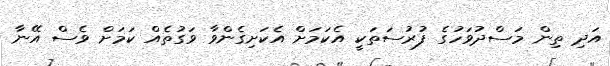
އަދި ތިން މަސްދުވަހުގެ ފުރުސަތަކީ އެކަމަށް އެކަށިގެންވާ ވަގުތެއް ކަމަށް ވެސް އޭނާ